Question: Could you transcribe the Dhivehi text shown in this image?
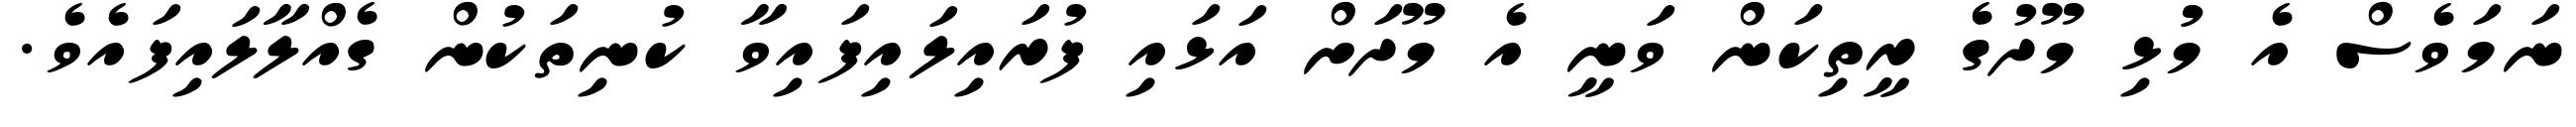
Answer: ނަމަވެސް އެ މުުޅި މޫދުގެ ރީތިކަން ވަނީ އެ މޫދަށް އަޅައި ފުރައިލައިފައިވާ ކުނިތަކުން ގެއްލާލައިފައެވެ.